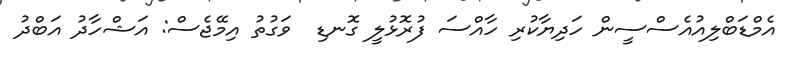
އެމްޑަބްލިއުއެސްސީން ހަދިޔާކުރި ހާއްސަ ފުރޮޅުލީ ގޮނޑި  ވަގުތު އިމޭޖެސް: އަޝްހާދު އަބްދު